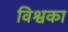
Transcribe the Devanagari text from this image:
विश्वका